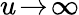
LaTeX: u\! \to\! \infty